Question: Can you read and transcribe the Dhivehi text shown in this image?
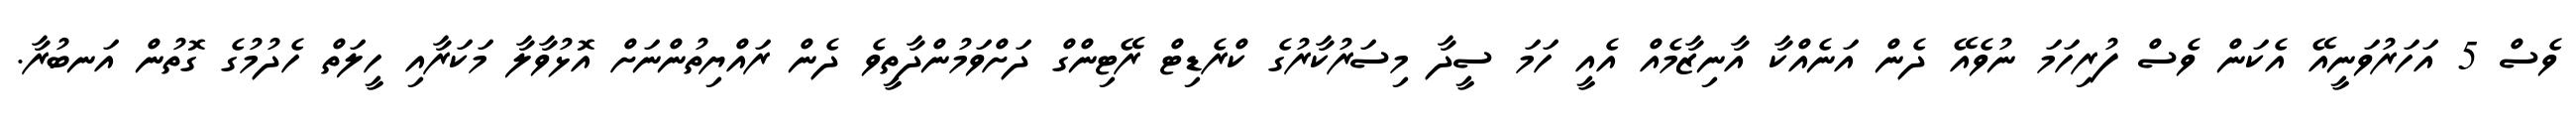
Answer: ވެސް 5 އަހަރުވަނީއޭ އެކަން ވެސް ފުރިހަމަ ނުވެއޭ ދެން އަނެއްކާ އާނިޒާމެއް އެއީ ހަމަ ސީދާ މިސަރުކާރުގެ ކްރެޑިޓް ރޭޓިންގް ދަށްވަމުންދާތީވެ ދެން ރައްޔިތުންނަށް އޮޅުވާލާ މަކަރާއި ހީލަތް ހެދުމުގެ ގޮތުން އަނބުރާ.